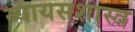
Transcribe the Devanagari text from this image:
न्यायसशास्त्र